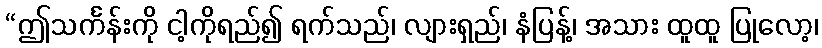
“ဤသင်္ကန်းကို ငါ့ကိုရည်၍ ရက်သည်၊ လျားရှည်၊ နံပြန့်၊ အသား ထူထူ ပြုလော့၊